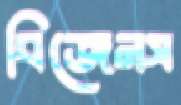
বিজেনস